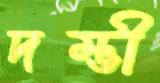
দম্ভী